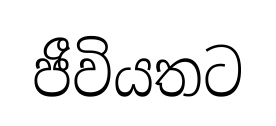
ජීවියතට